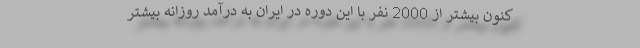
کنون بیشتر از 2000 نفر با این دوره در ایران به درآمد روزانه بیشتر